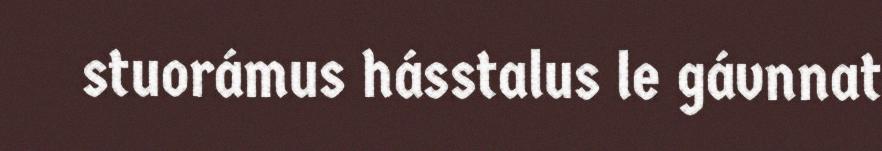
stuorámus hásstalus le gávnnat